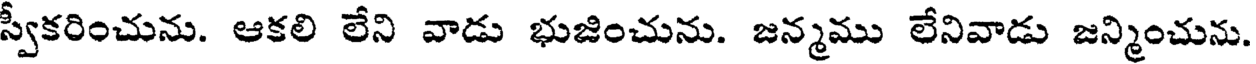
స్వీకరించును. ఆకలి లేని వాడు భుజించును. జన్మము లేనివాడు జన్మించును.